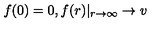
f ( 0 ) = 0 , f ( r ) | _ { r \rightarrow \infty } \rightarrow v